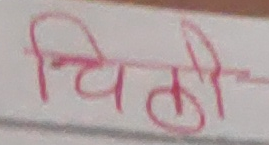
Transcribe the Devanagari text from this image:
चिटी